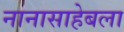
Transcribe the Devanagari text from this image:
नानासाहेबला